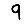
Digit: 9